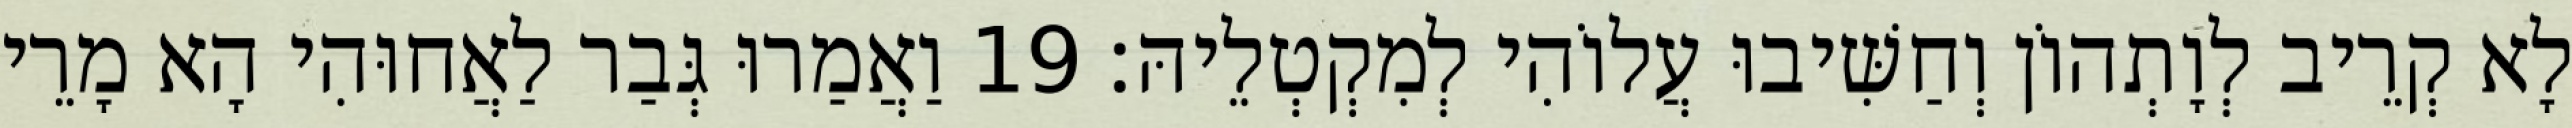
לָא קְרֵיב לְוָתְהוֹן וְחַשִּׁיבוּ עֲלוֹהִי לְמִקְטְלֵיהּ׃ 19 וַאֲמַרוּ גְּבַר לַאֲחוּהִי הָא מָרֵי